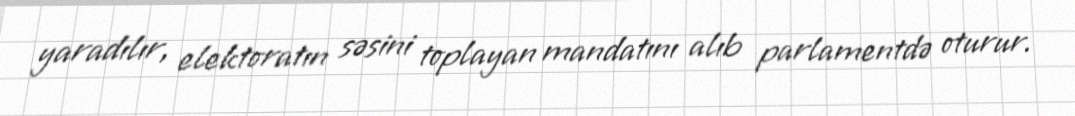
yaradılır, elektoratın səsini toplayan mandatını alıb parlamentdə oturur.